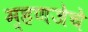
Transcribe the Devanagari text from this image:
म्हणजेचे